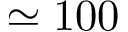
\simeq 1 0 0